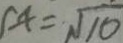
x = \sqrt { 1 0 }